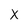
Character: x